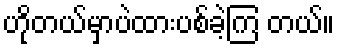
ဟိုတယ်မှာပဲထားပစ်ခဲ့ကြ တယ်။